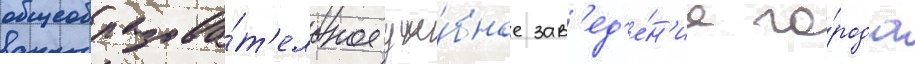
общеобразова́т'ельное уче́бное зав'ед'е́н'ие го́рода